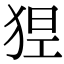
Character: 𤞾